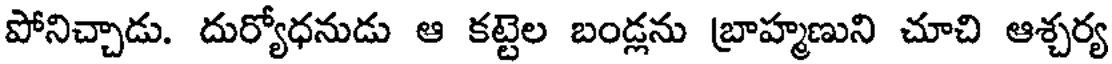
పోనిచ్చాడు. దుర్యోధనుడు ఆ కట్టెల బండ్లను బ్రాహ్మణుని చూచి ఆశ్చర్య